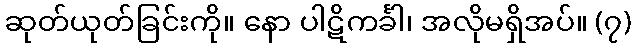
ဆုတ်ယုတ်ခြင်းကို။ နော ပါဋိကင်္ခါ၊ အလိုမရှိအပ်။ (၇)